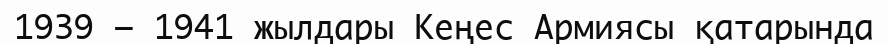
1939 – 1941 жылдары Кеңес Армиясы қатарында